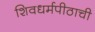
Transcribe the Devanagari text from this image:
शिवधर्मपीठाची